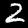
Label: 2